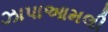
ઝાપાઆમલી